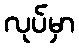
လုပ်မှာ